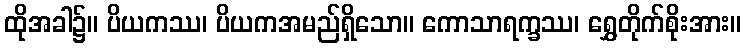
ထိုအခါ၌။ ပိယကဿ၊ ပိယကအမည်ရှိသော။ ကောသာရက္ခဿ၊ ရွှေတိုက်စိုးအား။